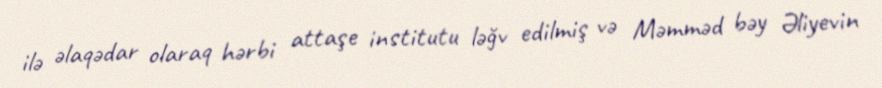
ilə əlaqədar olaraq hərbi attaşe institutu ləğv edilmiş və Məmməd bəy Əliyevin